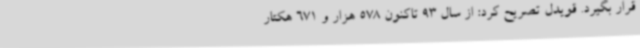
قرار بگیرد. قویدل تصریح کرد: از سال 93 تاکنون 578 هزار و 671 هکتار